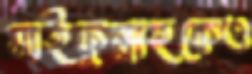
সাইফুল্লাহকেও